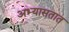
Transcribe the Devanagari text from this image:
अभ्यासतात